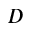
D